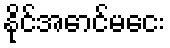
နိုင်အောင်မငေး